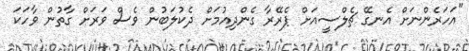
"އަހަރެންނަށް އެނގޭ ޗެލްސީއަށް ޕެރޭރާ ގެންދިއުމަށް ދެކުލަބުން ވެސް ވަރަށް ގާތުން ވާހަކަ